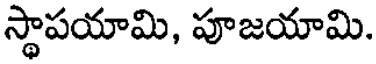
స్థాపయామి, పూజయామి.